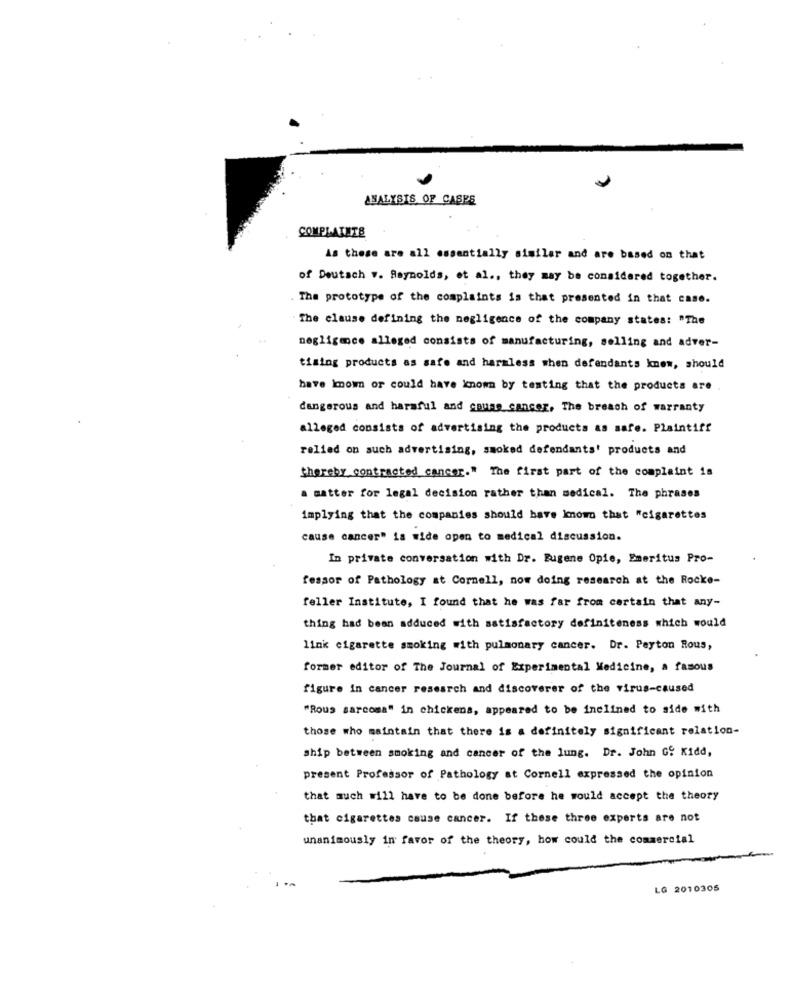
ANALYSIS OF CASES
COMPLAINTS
As these are all essentially similar and are based on that
of Deutsch .. Reynolds, et al ., they may be considered together.
. The prototype of the complaints is that presented in that case.
The clause defining the negligence of the company states: "The
negligence alleged consists of manufacturing, selling and adver-
tising products as safe and harmless when defendants knew, should
have known or could have known by testing that the products are
dangerous and harmful and cause cancer, The breach of warranty
alleged consists of advertising the products as safe. Plaintiff
relied on such advertising, smoked defendants' products and
thereby contracted cancer." The first part of the complaint is
a matter for legal decision rather than medical. The phrases
implying that the companies should have known that "cigarettes
cause cancer" is wide open to medical discussion.
In private conversation with Dr. Eugene Opie, Emeritus Pro-
fessor of Pathology at Cornell, now doing research at the Rocke-
feller Institute, I found that he was far from certain that any-
thing had been adduced with satisfactory definiteness which would
link cigarette smoking with pulmonary cancer. Dr. Peyton Rous,
former editor of The Journal of Experimental Medicine, a famous
figure in cancer research and discoverer of the virus-caused
"Rous sarcoma" in chickens, appeared to be inclined to side with
those who maintain that there is a definitely significant relation-
ship between smoking and cancer of the lung. Dr. John G: Kidd,
present Professor of Pathology at Cornell expressed the opinion
that much will have to be done before he would accept the theory
that cigarettes cause cancer. If these three experts are not
unanimously in favor of the theory, how could the commercial
LG 2010305